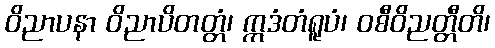
ဝိညာပနာ ဝိညာပိတတ္တံ၊ ဣဒံတံရူပံ၊ ဝစီဝိညတ္တီတိ၊